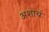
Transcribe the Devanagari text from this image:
अशाचं